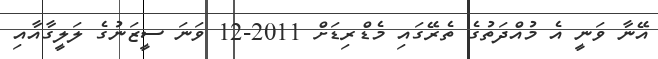
އޭނާ ވަނީ އެ މުއްދަތުގެ ތެރޭގައި މެޑްރިޑަށް 2011-12 ވަނަ ސީޒަނުގެ ލަލީގާއާއި